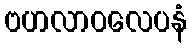
ဗဟလာဝလေပနံ